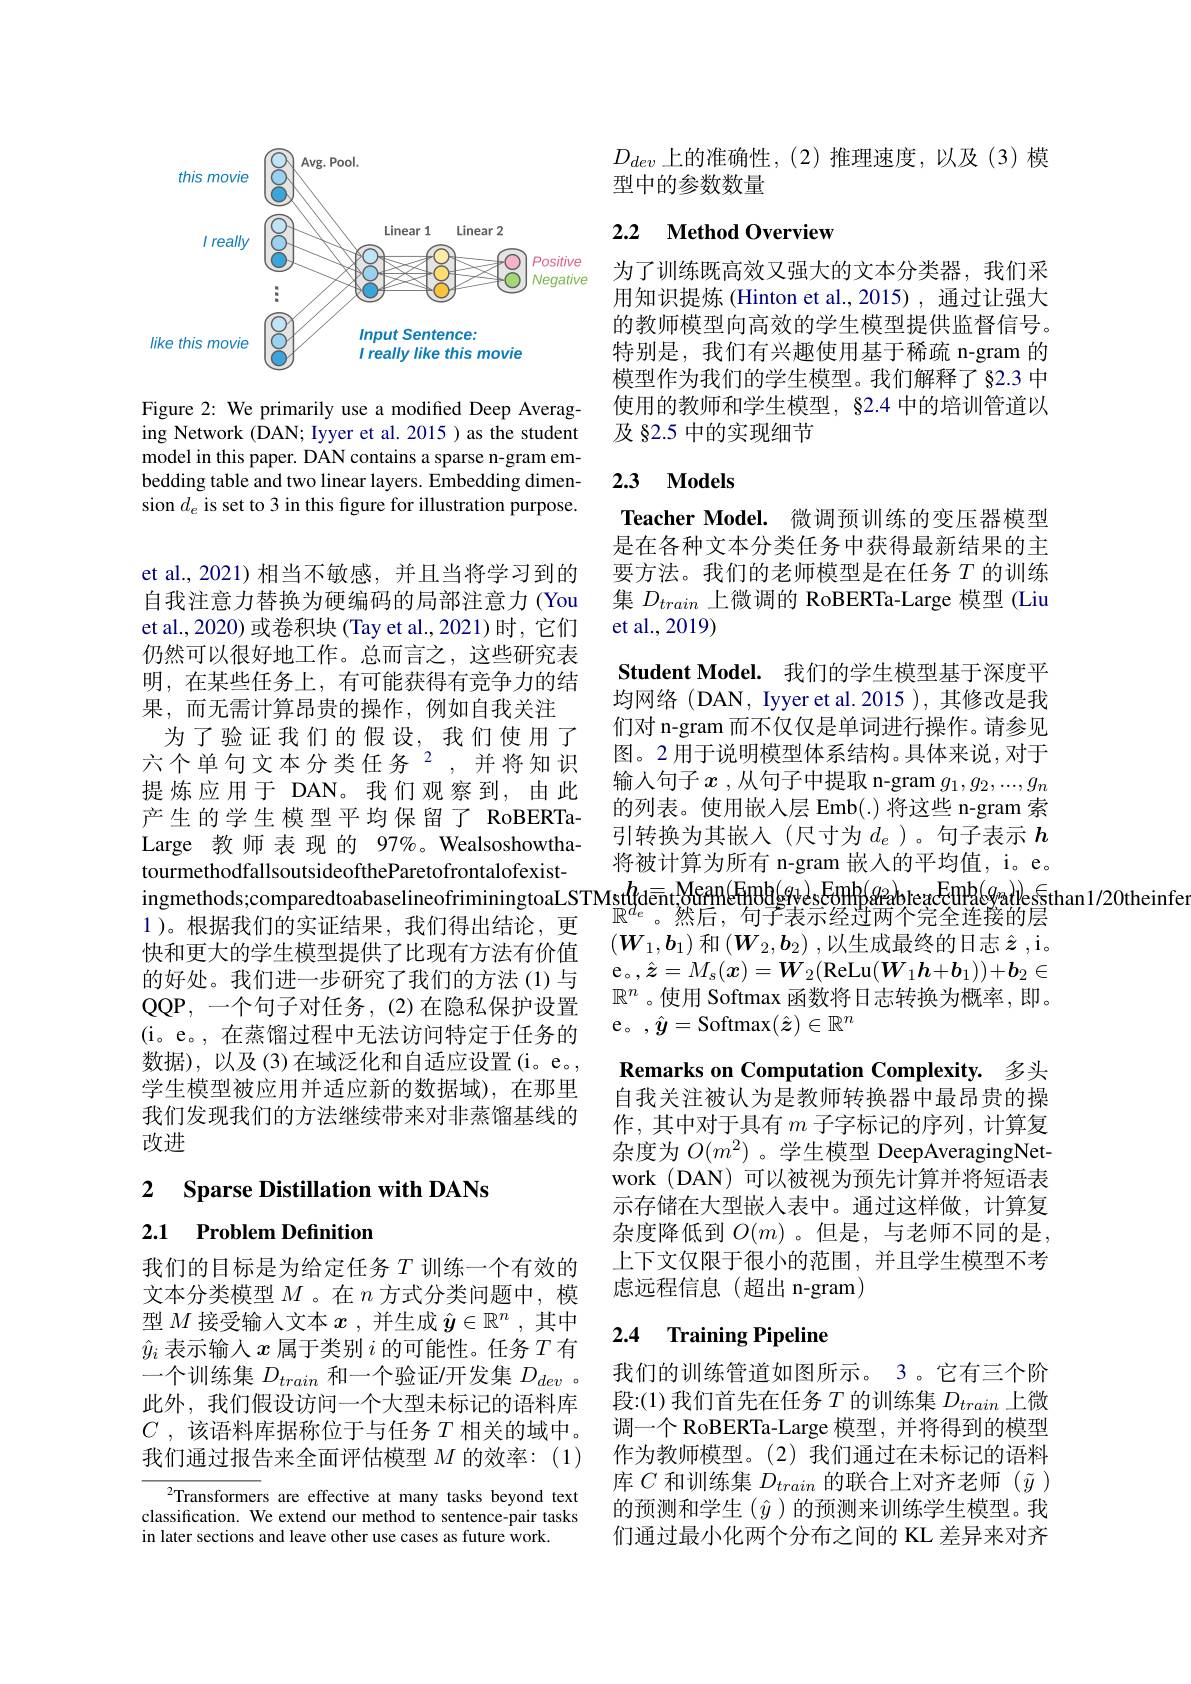
<FigureHere>

Figure 2: We primarily use a modified Deep Averaging Network (DAN; Iyyer et al. 2015 ) as the student model in this paper. DAN contains a sparse n-gram embedding table and two linear layers. Embedding dimension $d_e$ is set to 3 in this figure for illustration purpose.

et al., 2021) 相当不敏感，并且当将学习到的自我注意力替换为硬编码的局部注意力 (You et al., 2020) 或卷积块 (Tay et al., 2021)时，它们仍然可以很好地工作。总而言之，这些研究表明，在某些任务上，有可能获得有竞争力的结果，而无需计算昂贵的操作，例如自我关注
为了验证我们的假设，我们使用了六个单句文本分类任务$^{2}$,并将知识提 炼应用于 DAN。我们观察到，由此产生的学生模型平均保留了 RoBERTaLarge 教师表现的 97%。WealsoshowthatourmethodfallsoutsideoftheParetofrontalofexistingmethods; comparedtoabaselineofriminingtoaLSTMst$h_{\mathrm{st}}^{l}$dentMeantMeantHingh( gqtesEmh$\phi$eabteaEmBke$\xi$sthan1/20theinfe l),根 据 我 们 的 实 证 结 果 我 们 得 出 结 论 再 $\mathbb{R} ^d_e$。然 后 , 句 子 表 示 经 过 两 个 完 全 连 接 的 层
1 )。根据我们的实证结果，我们得出结论，更快和更大的学生模型提供了比现有方法有价值的好处。我们进一步研究了我们的方法(1)与QQP, 一个句子对任务，(2)在隐私保护设置(i。e。,在蒸馏过程中无法访问特定于任务的数据),以及(3)在域泛化和自适应设置(i。e。, 学生模型被应用并适应新的数据域),在那里我们发现我们的方法继续带来对非蒸馏基线的改进

2 $\textbf{Sparse Distillation with DANs}$

2.1 Problem Definition

我们的目标是为给定任务$T$训练一个有效的文本分类模型$M$ 。在$n$方式分类问题中，模型$M$接受输人文本$x$ ,并生成$\hat{y}\in\mathbb{R}^n$ ,其中$\hat{y}_i$表示输入$x$属于类别$i$的可能性。任务$T$有一个训练集$D_train$和一个验证/开发集$D_dev$ 此外，我们假设访问一个大型未标记的语料库$C$ , 该语料库据称位于与任务 $T$ 相关的域中。我们通过报告来全面评估模型$M$的效率：(1)

$^2$Transformers are effective at many tasks beyond text classification. We extend our method to sentence-pair tasks in later sections and leave other use cases as future work.

$D_{dev}$上的准确性，(2)推理速度，以及(3)模
型中的参数数量

## 2.2 $\textbf{Method Overview}$

为了训练既高效又强大的文本分类器，我们采用知识提炼(Hinton et al.,2015),通过让强大的教师模型向高效的学生模型提供监督信号。特别是，我们有兴趣使用基于稀疏 n-gram 的模型作为我们的学生模型。我们解释了 §2.3 中使用的教师和学生模型，82.4 中的培训管道以及 §2.5 中的实现细节

## 2.3 $\mathbf{Models}$

Teacher Model. 微调预训练的变压器模型是在各种文本分类任务中获得最新结果的主要方法。我们的老师模型是在任务$T$的训练集$D_{train}$上微调的 RoBERTa-Large 模型 (Liu et al.,2019)

Student Model. 我们的学生模型基于深度平均网络(DAN, Iyyer et al.2015), 其修改是我们对 n-gram 而不仅仅是单词进行操作。请参见图。2 用于说明模型体系结构。具体来说，对于输入句子$x$ ,从句子中提取 n-gram $g_1,g_2,...,g_n$ 的列表。使用嵌入层 Emb(.)将这些 n-gram 索引转换为其嵌入(尺寸为$d_e$)。句子表示 $h$ 将被计算为所有 n-gram 嵌入的平均值，i。e。$\left(\boldsymbol{W}_1,\boldsymbol{b}_1\right)$和$\left(\boldsymbol{W}_2,\boldsymbol{b}_2\right)$,以生成最终的日志 $\hat{\boldsymbol{z}}$,i。e。,$\hat{\boldsymbol{z}}=M_s(\boldsymbol{x})=\boldsymbol{W}_2($ReLu$(\boldsymbol{W}_1\boldsymbol{h}+\boldsymbol{b}_1))+\boldsymbol{b}_2\in$ $\mathbb{R}^n$ 。使用 Softmax 函数将日志转换为概率，即。e。,$\hat{\boldsymbol{y}}=$Softmax$(\hat{\boldsymbol{z}})\in\mathbb{R}^n$
Remarks on Computation Complexity. 多头自我关注被认为是教师转换器中最昂贵的操作，其中对于具有$m$子字标记的序列，计算复杂度为$O(m^2)$ 。学生模型 DeepAveragingNetwork (DAN)可以被视为预先计算并将短语表示存储在大型嵌入表中。通过这样做，计算复杂度降低到 $O(m)$ 。但是，与老师不同的是， 上下文仅限于很小的范围，并且学生模型不考虑远程信息(超出 n-gram)
2.4 Training Pipeline

我们的训练管道如图所示。3。它有三个阶段：(1) 我们首先在任务$T$的训练集$D_train$上微调一个 RoBERTa-Large 模型，并将得到的模型作为教师模型。(2)我们通过在未标记的语料库$C$和训练集$D_train$的联合上对齐老师($\tilde{y})$ 的预测和学生$(\hat{y})$的预测来训练学生模型。我们通过最小化两个分布之间的 KL 差异来对齐